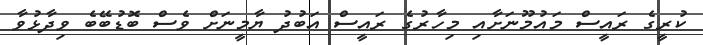
ކުރީގެ ރައީސް މައުމޫނަށާއި މިހާރުގެ ރައީސް އަބުދު ޔާމީނަށް ވެސް ބޮޑުބޭބެ ވިދާޅުވާ